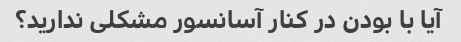
آیا با بودن در کنار آسانسور مشکلی ندارید؟